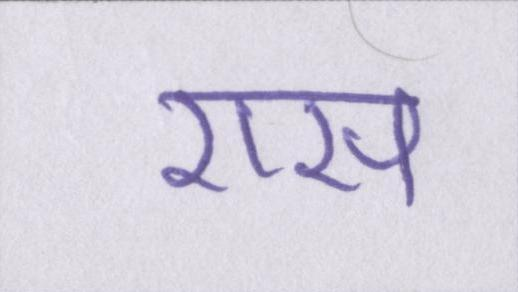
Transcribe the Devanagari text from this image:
रास